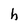
Character: h